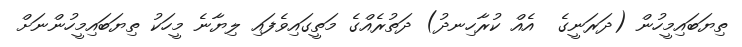
ތިޔަބައިމީހުން (ދަރަނީގެ  އެއް ކުރާހިނދު) ދަތުރެއްގެ މަތީގައިވެފައި ލިޔާނެ މީހަކު ތިޔަބައިމީހުންނަށް